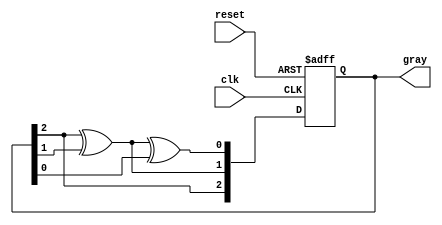
module gray_code_counter (
    input wire clk,          // Asynchronous clock input
    input wire reset,        // Asynchronous reset input
    output reg [2:0] gray    // 3-bit Gray Code output
);

    // Internal signals to hold the next state
    reg [2:0] next_gray;

    // Combinational logic to determine the next state based on current state
    always @(*) begin
        next_gray[2] = gray[2];              // MSB remains the same
        next_gray[1] = gray[2] ^ gray[1];   // XOR for Gray Code
        next_gray[0] = next_gray[1] ^ gray[0]; // XOR for Gray Code
    end

    // Asynchronous reset and state update on clock edge
    always @(posedge clk or posedge reset) begin
        if (reset) begin
            gray <= 3'b000; // Reset to first Gray Code value
        end else begin
            gray <= next_gray; // Update state to next state
        end
    end

endmodule